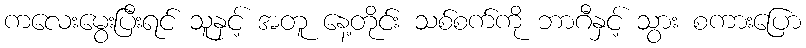
ကလေးမွေးပြီးရင် သူနှင့် အတူ နေ့တိုင်း သစ်စက်ကို ဘာဂီနှင့် သွား စကားပြော